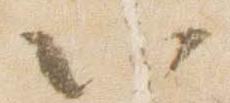
以